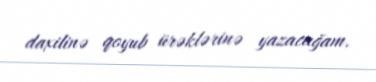
daxilinə qoyub ürəklərinə yazacağam.